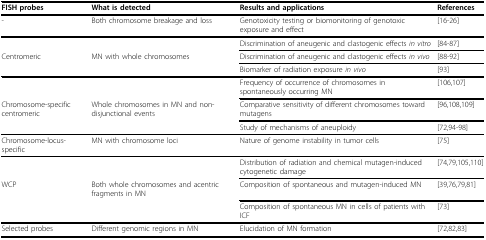
<table><thead><tr><td><b>FISH probes</b></td><td><b>What is detected</b></td><td><b>Results and applications</b></td><td><b>References</b></td></tr></thead><tbody><tr><td>-</td><td>Both chromosome breakage and loss</td><td>Genotoxicity testing or biomonitoring of genotoxic exposure and effect</td><td>[16-26]</td></tr><tr><td></td><td></td><td>Discrimination of aneugenic and clastogenic effects <i>in vitro</i></td><td>[84-87]</td></tr><tr><td>Centromeric</td><td>MN with whole chromosomes</td><td>Discrimination of aneugenic and clastogenic effects <i>in vivo</i></td><td>[88-92]</td></tr><tr><td></td><td></td><td>Biomarker of radiation exposure <i>in vivo</i></td><td>[93]</td></tr><tr><td></td><td></td><td>Frequency of occurrence of chromosomes in spontaneously occurring MN</td><td>[106,107]</td></tr><tr><td>Chromosome-specific centromeric</td><td>Whole chromosomes in MN and non-disjunctional events</td><td>Comparative sensitivity of different chromosomes toward mutagens</td><td>[96,108,109]</td></tr><tr><td></td><td></td><td>Study of mechanisms of aneuploidy</td><td>[72,94-98]</td></tr><tr><td>Chromosome-locus-specific</td><td>MN with chromosome loci</td><td>Nature of genome instability in tumor cells</td><td>[75]</td></tr><tr><td></td><td></td><td>Distribution of radiation and chemical mutagen-induced cytogenetic damage</td><td>[74,79,105,110]</td></tr><tr><td>WCP</td><td>Both whole chromosomes and acentric fragments in MN</td><td>Composition of spontaneous and mutagen-induced MN</td><td>[39,76,79,81]</td></tr><tr><td></td><td></td><td>Composition of spontaneous MN in cells of patients with ICF</td><td>[73]</td></tr><tr><td>Selected probes</td><td>Different genomic regions in MN</td><td>Elucidation of MN formation</td><td>[72,82,83]</td></tr></tbody></table>